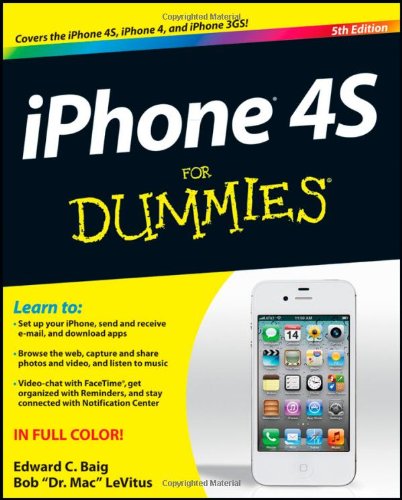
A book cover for iPhone 4S For Dummies; Edward C. Baig; Computers & Technology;